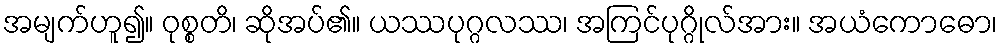
အမျက်ဟူ၍။ ဝုစ္စတိ၊ ဆိုအပ်၏။ ယဿပုဂ္ဂလဿ၊ အကြင်ပုဂ္ဂိုလ်အား။ အယံကောဓော၊